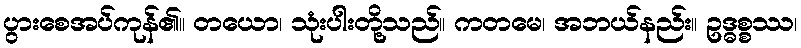
ပွားစေအပ်ကုန်၏။ တယော၊ သုံးပါးတို့သည်။ ကတမေ၊ အဘယ်နည်း။ ဥဒ္ဓစ္စဿ၊